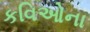
કવિઓના